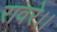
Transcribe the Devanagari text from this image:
रावरे।।